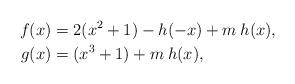
LaTeX: \begin{align*} f(x) & = 2(x^2+1)-h(-x)+m\: h(x),\\g(x) & = (x^3+1)+ m\:h(x),\end{align*}